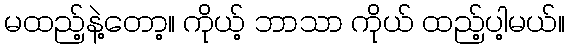
မထည့်နဲ့တော့။ ကိုယ့် ဘာသာ ကိုယ် ထည့်ပါ့မယ်။